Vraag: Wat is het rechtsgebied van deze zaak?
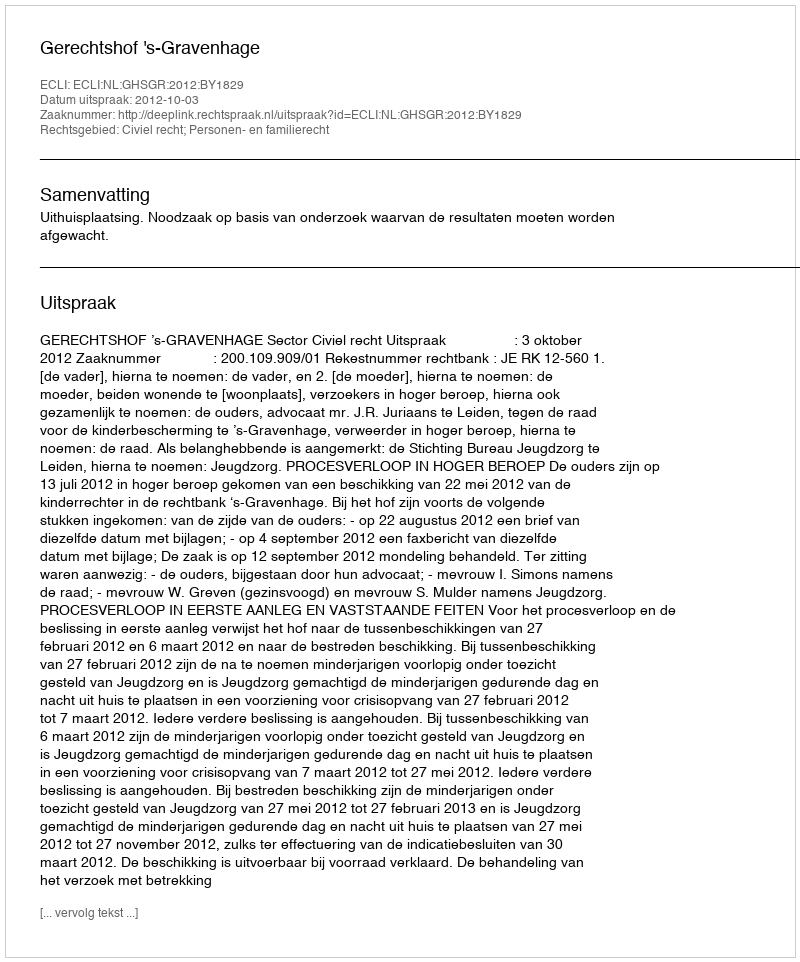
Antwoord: Civiel recht; Personen- en familierecht